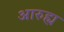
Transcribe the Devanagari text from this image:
आरुह्य